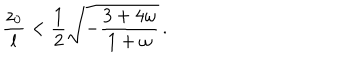
LaTeX: { \frac { z _ { 0 } } { l } } < { \frac { 1 } { 2 } } \sqrt { - { \frac { 3 + 4 \omega } { 1 + \omega } } } \, .